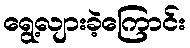
ရွေ့လျားခဲ့ကြောင်း